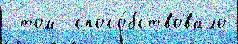
 том  спосо́бствовало